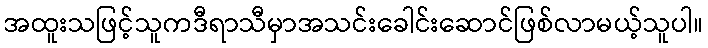
အထူးသဖြင့်သူကဒီရာသီမှာအသင်းခေါင်းဆောင်ဖြစ်လာမယ့်သူပါ။